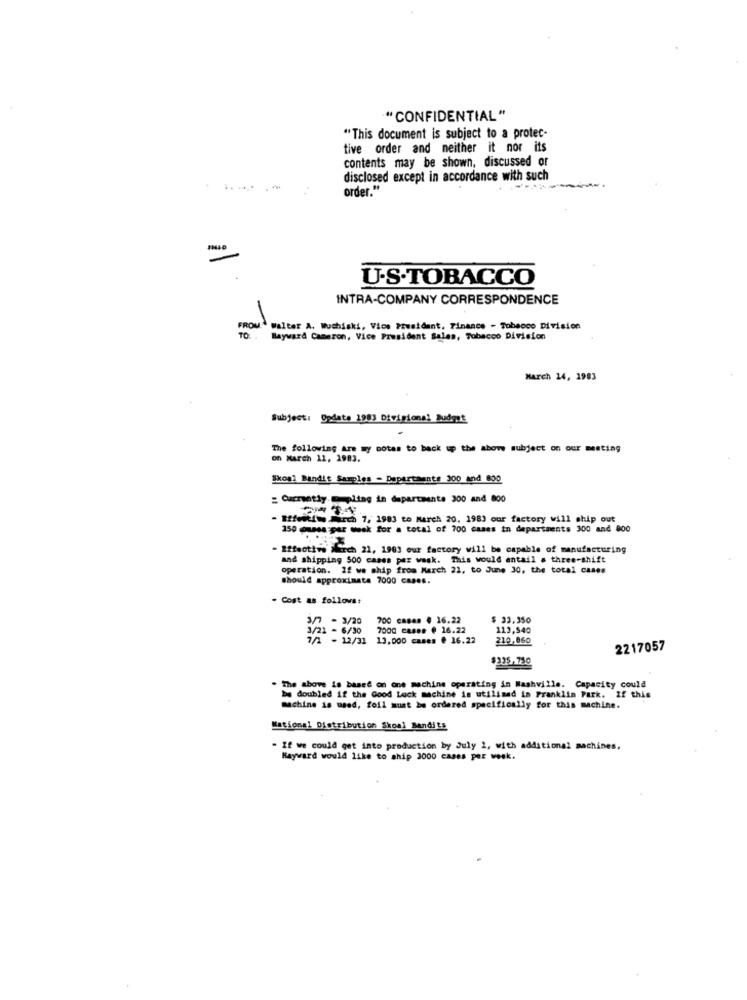
"CONFIDENTIAL"
"This document is subject to a protec-
tive order and neither it nor its
contents may be shown, discussed or
disclosed except in accordance with such
.:----
order."
U.S.TOBACCO
INTRA-COMPANY CORRESPONDENCE
FROM
Walter A. Wuchiski, Vice President, Finance - Tobacco Division
TO
Bayward Cameron, Vice President Sales, Tobacco Division
March 14, 1983
Subject: Dodate 1983 Divisional Budget
The following are my botas to back up the abow subject on our meeting
on March 11, 1983.
Skogl Bandit Samples - Dopartants 300 and 800
Currently Dmpling in departmente 300 and 800
- Effettiwe Mirch 7, 1983 to March 20, 1983 our factory will ship out
150 @uses par week for a total of 700 cases in departments 300 and 800
- Effective Mirch 21, 1903 our factory will be capable of manufacturing
and shipping 500 cases per week. This would entail a three-shift
operation. If we ship from March 21, to June 30, the total cases
should approximate 7000 cases.
- Cost as follows:
3/7 - 3/20
700 casas @ 16.22
$ 33.350
3/21 - 6/30
7000 cases @ 16.22
113,540
7/2 - 12/31 13,000 cases @ 16.22
210,860
2217057
$335.750
The above is based on one machine operating in Nashville. Capacity could
by doubled if the Good Luck machine is utilimad in Franklin Park. If this
machine is used, foil must be ordered specifically for this machine.
National Distribution Skool Bandits
- If we could get into production by July 2, with additional machines,
Hayward would like to ship 3000 cases per week.